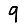
Digit: 9